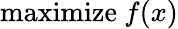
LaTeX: {\mathrm{maximize}}\ f(x)